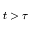
t > \tau